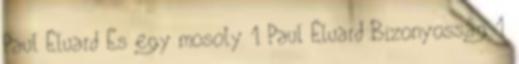
Paul Éluard És egy mosoly 1 Paul Éluard:Bizonyosság 1